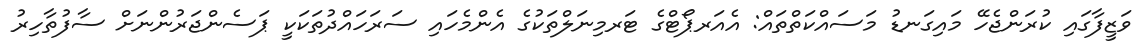
ވަޒީފާގައި ކުރަންޖެހޭ މައިގަނޑު މަސައްކަތްތައް: އެއަރޕޯޓްގެ ޓަރމިނަލްތަކުގެ އެންމެހައި ސަރަހައްދުތަކަކީ ޕަސެންޖަރުންނަށް ސާފުތާހިރު